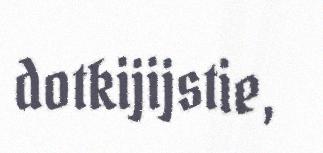
dotkijijstie,